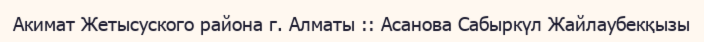
Акимат Жетысуского района г. Алматы :: Асанова Сабыркүл Жайлаубекқызы